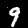
Label: 9